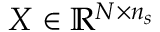
X \in \mathbb { R } ^ { N \times n _ { s } }